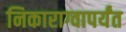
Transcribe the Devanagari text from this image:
निकाराग्वापर्यंत